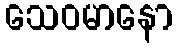
သေဝမာနော